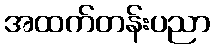
အထက်တန်းပညာ